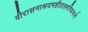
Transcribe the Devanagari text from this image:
वीरासनाश्रयमहीतलमण्डिजानो